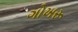
ગોખરૂ